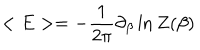
LaTeX: < E > = - { \frac { 1 } { 2 \pi } } \partial _ { \beta } \ln Z ( \beta )